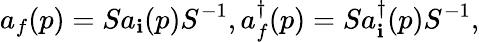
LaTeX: a_{f}(p)=Sa_{\mathbf{i}}(p)S^{-1},a_{f}^{\dagger}(p)=Sa_{\mathbf{i}}^{\dagger}(p)S^{-1},